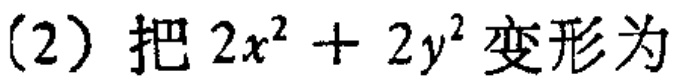
(2) 把 \(2x^{2}+2y^{2}\) 变形为